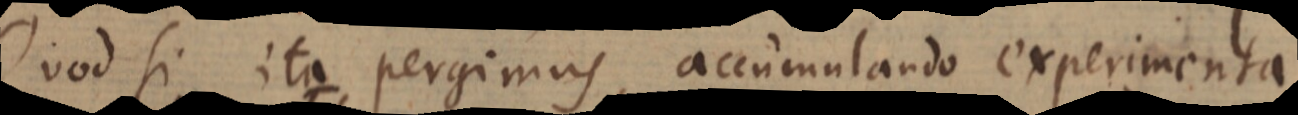
Quod si ita pergimus, accumulando experimenta